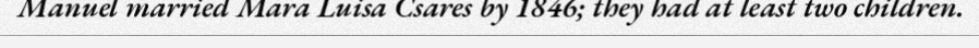
Manuel married Mara Luisa Csares by 1846; they had at least two children.